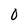
Character: 0